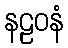
နဠဝနံ